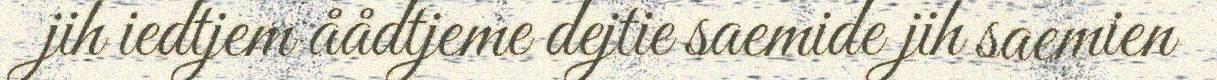
jih iedtjem åådtjeme dejtie saemide jih saemien